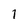
Character: 1